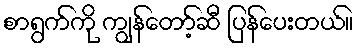
စာရွက်ကို ကျွန်တော့်ဆီ ပြန်ပေးတယ်။